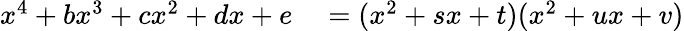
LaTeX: \begin{array}{rl}{x^{4}+bx^{3}+cx^{2}+dx+e}&{{}=(x^{2}+sx+t)(x^{2}+ux+v)}\end{array}